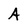
Character: A